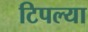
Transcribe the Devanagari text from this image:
टिपल्या